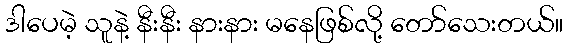
ဒါပေမဲ့ သူနဲ့ နီးနီး နားနား မနေဖြစ်လို့ တော်သေးတယ်။